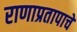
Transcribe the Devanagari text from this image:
राणाप्रतापाचे